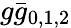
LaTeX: g\bar{g}_{0,1,2}